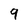
Character: 9